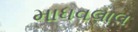
માધવલાલ